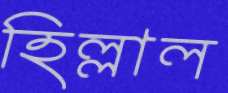
হিল্লাল